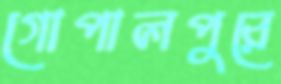
গোপালপুরে